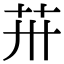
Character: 𦬢